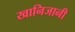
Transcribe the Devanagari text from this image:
खानिजानी